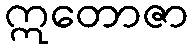
ဣတောဇာ